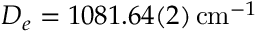
D _ { e } = 1 0 8 1 . 6 4 ( 2 ) \, \mathrm { c m } ^ { - 1 }